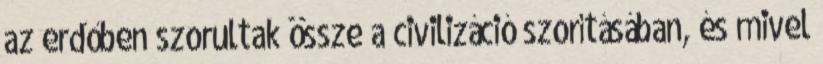
az erdőben szorultak össze a civilizáció szorításában, és mivel